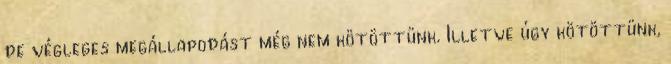
de végleges megállapodást még nem kötöttünk. Illetve úgy kötöttünk,